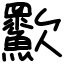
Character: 㱎